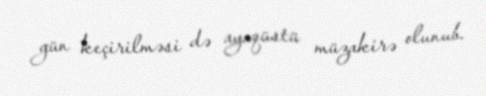
gün keçirilməsi də ayaqüstü müzakirə olunub.